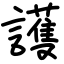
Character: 護